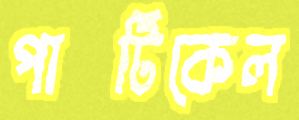
পার্টিকেল